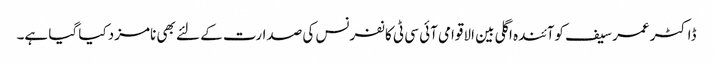
ڈاکٹر عمر سیف کوآئندہ اگلی بین الاقوامی آئی سی ٹی کانفرنس کی صدارت کے لئے بھی نامزد کیا گیا ہے۔